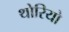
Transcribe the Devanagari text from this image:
थोरियो